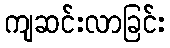
ကျဆင်းလာခြင်း